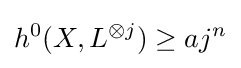
h^{0}(X,L^{\otimes j})\geq aj^{n}